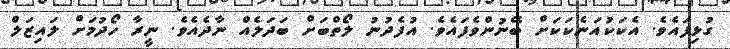
ގުޅިފައެވެ. އެކަކުއަނެކަކަށް ބޭނުންވެފައެވެ. އުފެދުނު ލޯތްބަށް ބަދަލެއް ނާދެއެވެ. ނީރާ ހޯދުމަށް ލައިޒަލް